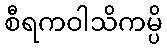
စီရကဝါသိကမ္ပိ